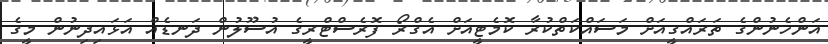
އަންހެނުންގެ ތަރައްގީއަށް މަސައްކަތްކުރާ ކޮމެޓީއަށް އެގްރޯ ފޮރެސްޓްރީގެ އުސޫލުން ދަނޑެއް އަޅައިދިނުން މީގެ